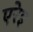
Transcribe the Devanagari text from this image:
एरेइ